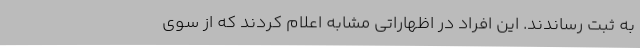
به ثبت رساندند. این افراد در اظهاراتی مشابه اعلام کردند که از سوی